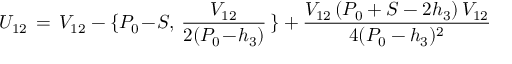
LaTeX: U _ { 1 2 } \, = \, V _ { 1 2 } - \{ P _ { 0 } \! - \! S , \, { \frac { V _ { 1 2 } } { 2 ( P _ { 0 } \! - \! h _ { 3 } ) } } \, \} + { \frac { V _ { 1 2 } \, ( P _ { 0 } + S - 2 h _ { 3 } ) \, V _ { 1 2 } } { 4 ( P _ { 0 } - h _ { 3 } ) ^ { 2 } } }